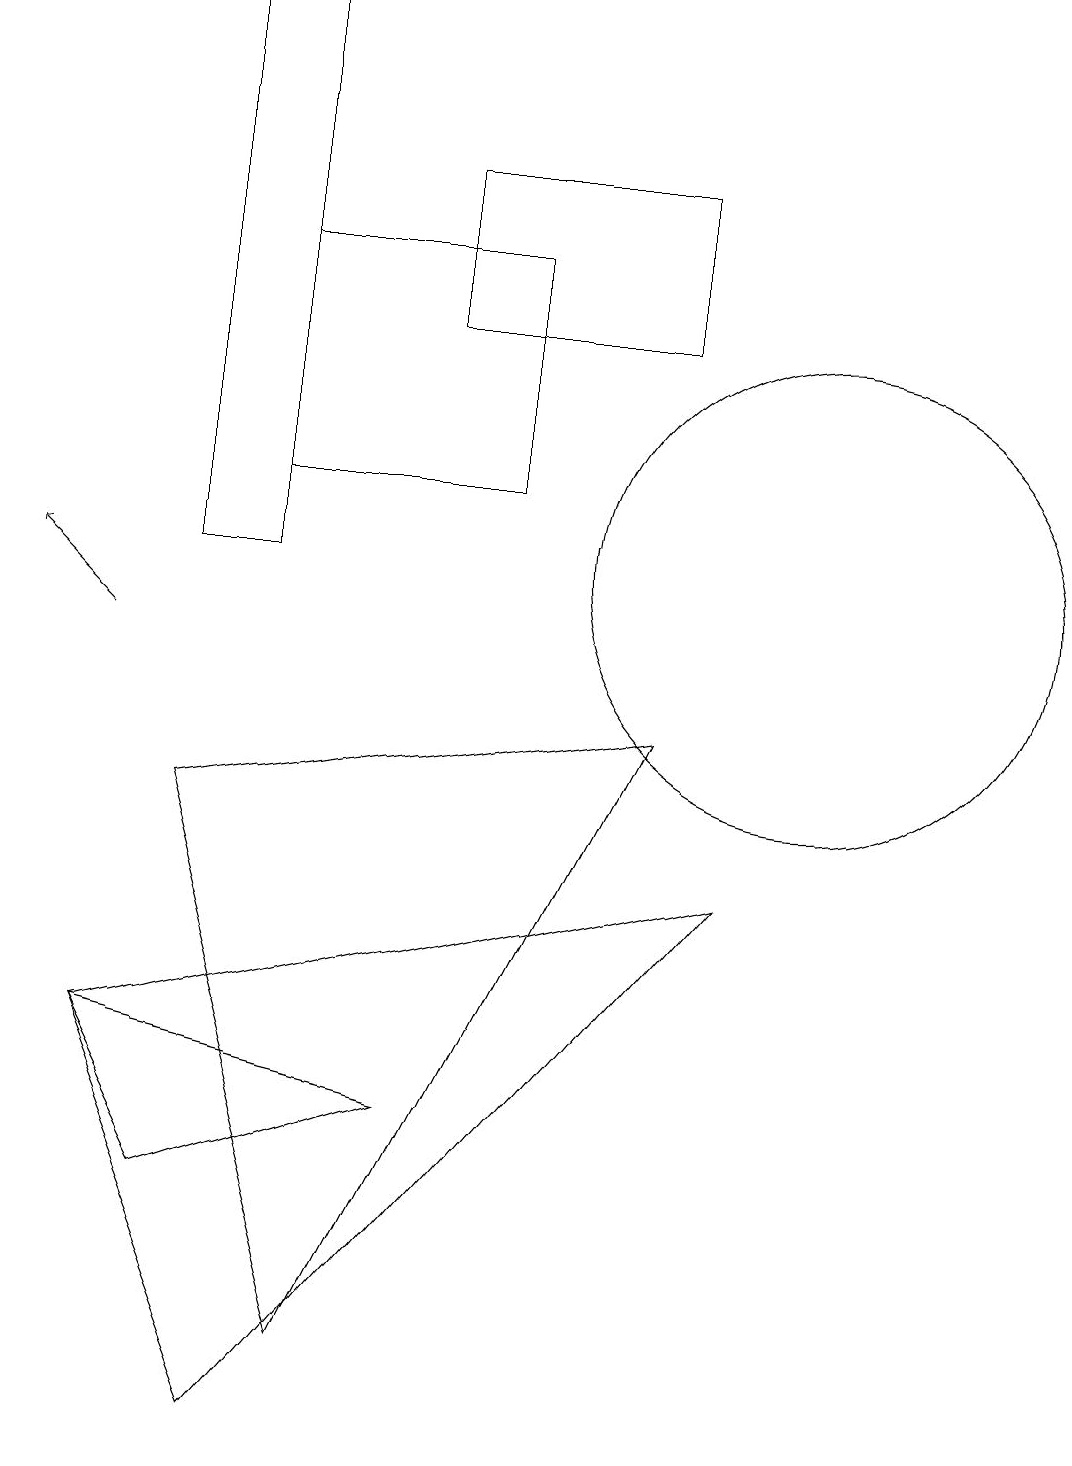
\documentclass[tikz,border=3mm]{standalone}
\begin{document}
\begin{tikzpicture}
\draw (8,14) rectangle (5,16);
\draw (2,3) -- (5,4) -- (1,5) -- cycle;
\draw[->] (1,10) -- (0,11);
\draw (9,7) -- (1,5) -- (3,0) -- cycle;
\draw (4,1) -- (8,9) -- (2,8) -- cycle;
\draw (6,12) rectangle (3,15);
\draw (10,11) circle (3);
\draw (2,18) rectangle (3,11);
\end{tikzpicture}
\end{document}